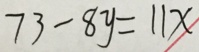
7 3 - 8 y = 1 1 x